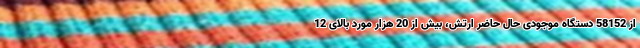
از 58152 دستگاه موجودی حال حاضر ارتش، بیش از 20 هزار مورد بالای 12